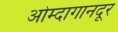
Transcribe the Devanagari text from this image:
ओम्दागानदूर